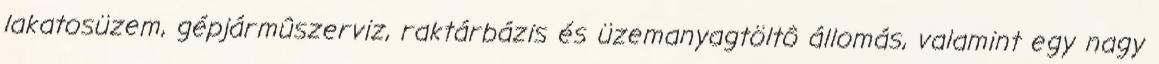
lakatosüzem, gépjármûszerviz, raktárbázis és üzemanyagtöltô állomás, valamint egy nagy